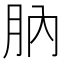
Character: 䶺